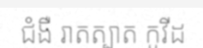
ជំងឺ រាតត្បាត កូវីដ